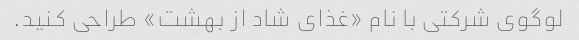
لوگوی شرکتی با نام «غذای شاد از بهشت» طراحی کنید.